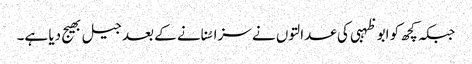
جبکہ کچھ کو ابو ظہبی کی عدالتوں نے سزا سُنانے کے بعد جیل بھیج دیا ہے۔